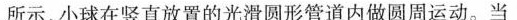
所示，小球在竖直放置的光滑圆形管道内做圆周运动。当